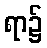
ရာ၌